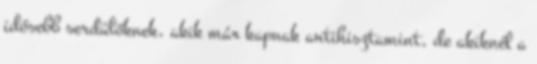
idősebb serdülőknek, akik már kapnak antihisztamint, de akiknél a